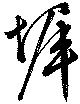
墀